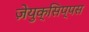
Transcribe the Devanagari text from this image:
ज़ेयुक्सिप्पस